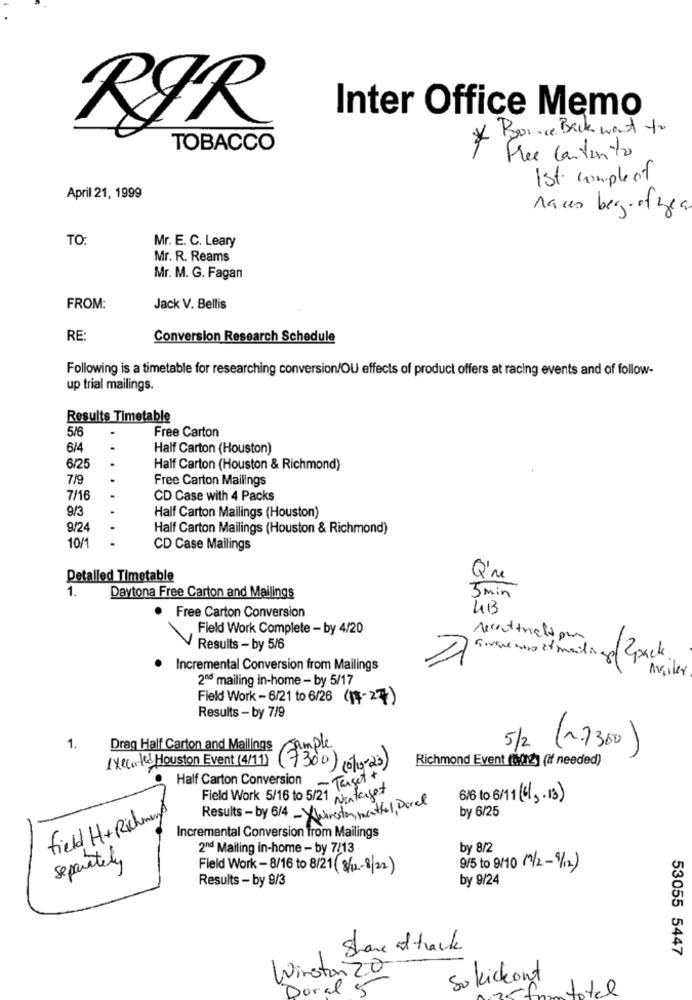
Inter Office Memo
RØR
* Bounce Back want to
TOBACCO
Free contento
1st comple of
April 21, 1999
Naces begiofzea
TO:
Mr. E. C. Leary
Mr. R. Reams
Mr. M. G. Fagan
FROM:
Jack V. Bellis
RE:
Conversion Research Schedule
Following is a timetable for researching conversion/OU effects of product offers at racing events and of follow-
up trial mailings.
Results Timetable
5/6
Free Carton
6/4
Half Carton (Houston)
6/25
Half Carton (Houston & Richmond)
7/9
Free Carton Mailings
7/16
CD Case with 4 Packs
9/3
Half Carton Mailings (Houston)
9/24
Half Carton Mailings (Houston & Richmond)
10/
CD Case Mailings
Detalled Timetable
Q're
1.
Daytona Free Carton and Mailings
3 min
Free Carton Conversion
43
Field Work Complete - by 4/20
Results - by 5/6
Givene wers it mailingof pack
· Incremental Conversion from Mailings
Avcilar
2nd mailing in-home - by 5/17
Field Work - 6/21 to 6/26 (14-27)
Results - by 7/9
5/2 (1.7300)
1.
Drag Half Carton and Mailings Sample
Executed Houston Event (4/11)
Richmond Event (02) (if needed)
(7300) (0/10-23)
Half Carton Conversion
- Target +
Field Work 5/16 to 5/21 Nontarget
616 to 6/11 (6) ,. 13)
Results- by 6/4 - Winston, mattel, Derel
by 6/25
field H+ Richman
Incremental Conversion from Mailings
2nd Mailing in-home - by 7/13
by 8/2
separately
Field Work - 8/16 to 8/21 (8/12-8/22)
9/5 to 9/10 (1/2-9/12)
Results - by 9/3
by 9/24
Share af track
53055 5447
Winston 20
Sokickout
Doral 5